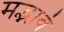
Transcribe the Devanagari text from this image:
मद्भावं